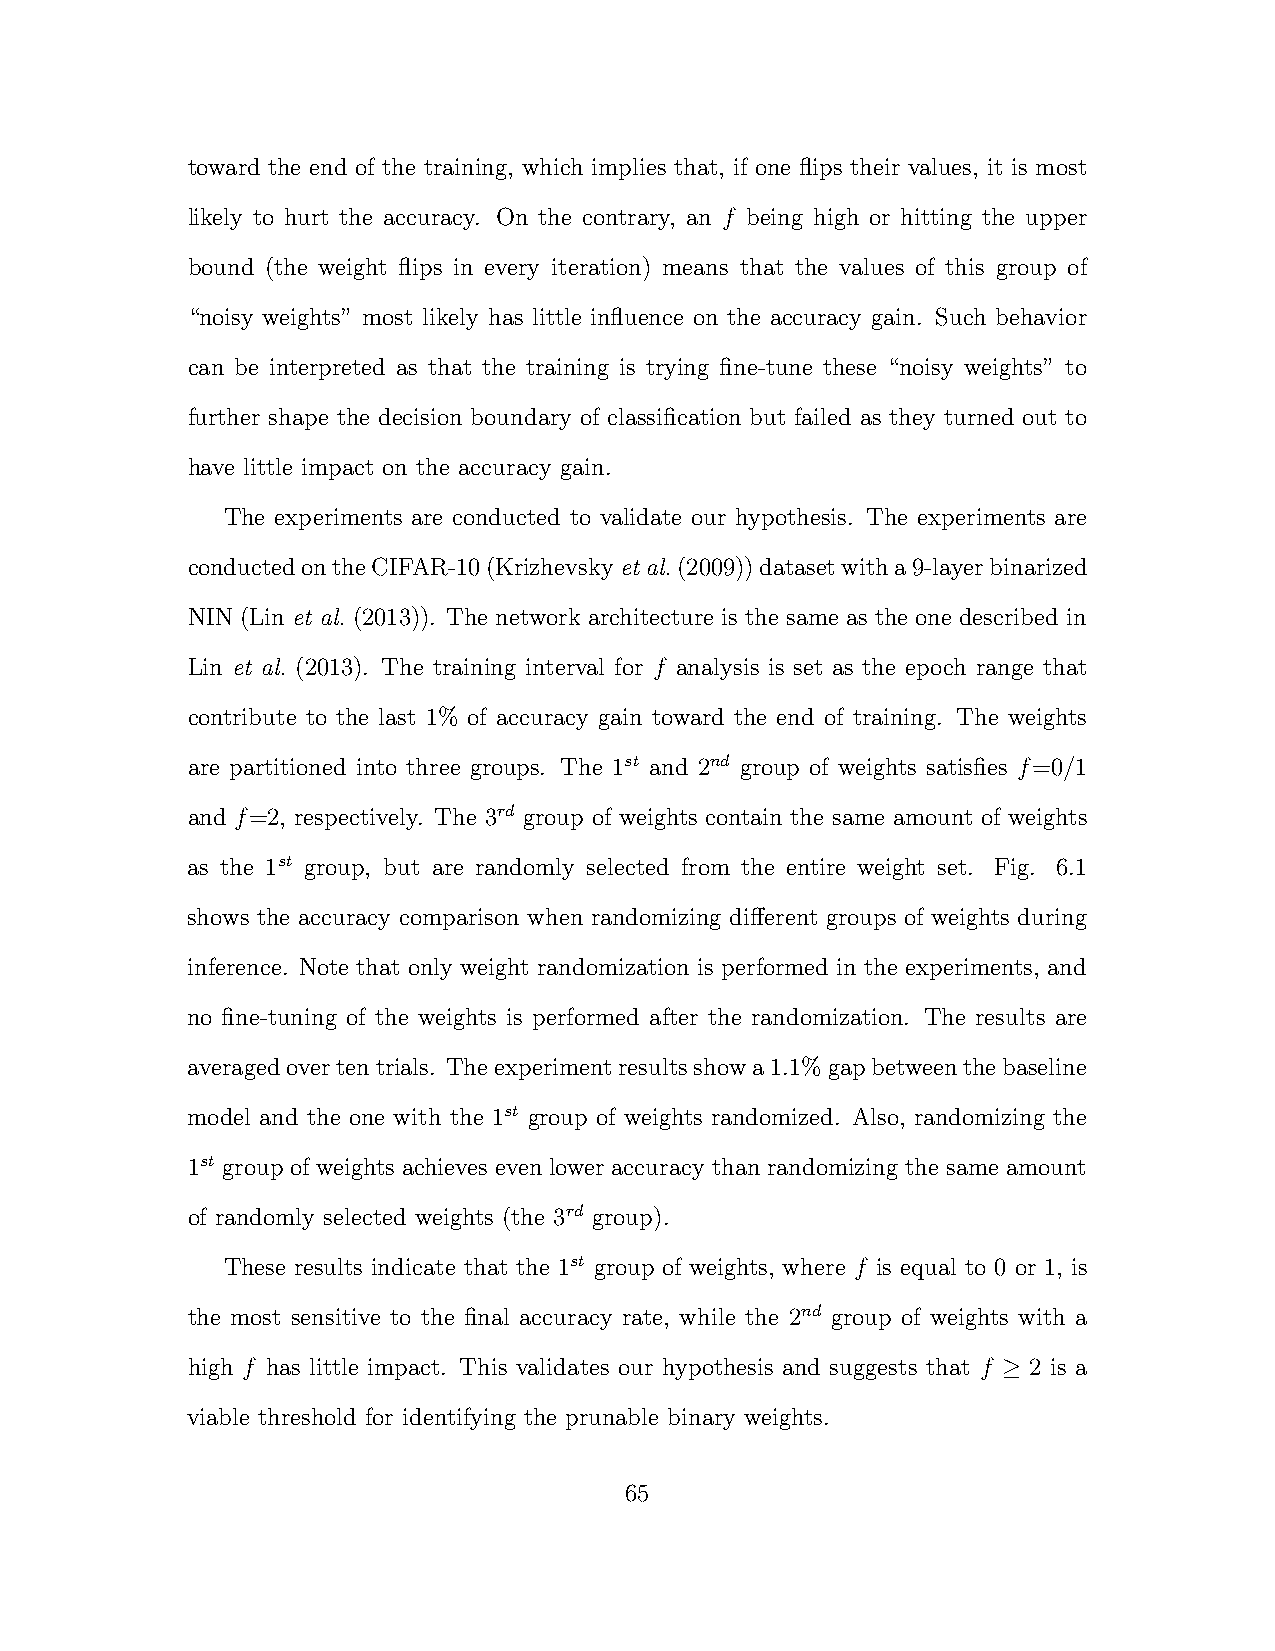
toward the end of the training, which implies that, if one flips their values, it is most
 likely to hurt the accuracy. On the contrary, an f being high or hitting the upper
 bound (the weight flips in every iteration) means that the values of this group of
 “noisy weights” most likely has little influence on the accuracy gain. Such behavior
 can be interpreted as that the training is trying fine-tune these “noisy weights” to
 further shape the decision boundary of classification but failed as they turned out to
 have little impact on the accuracy gain.
 The experiments are conducted to validate our hypothesis. The experiments are
 conductedontheCIFAR-10(Krizhevskyet al.(2009))datasetwitha9-layerbinarized
 NIN (Lin et al. (2013)). The network architecture is the same as the one described in
 Lin et al. (2013). The training interval for f analysis is set as the epoch range that
 contribute to the last 1% of accuracy gain toward the end of training. The weights
 are partitioned into three groups. The 1st and 2nd group of weights satisfies f=0/1
 and f=2, respectively. The 3rd group of weights contain the same amount of weights
 as the 1st group, but are randomly selected from the entire weight set. Fig. 6.1
 shows the accuracy comparison when randomizing different groups of weights during
 inference. Note that only weight randomization is performed in the experiments, and
 no fine-tuning of the weights is performed after the randomization. The results are
 averagedovertentrials. Theexperimentresultsshowa1.1%gapbetweenthebaseline
 model and the one with the 1st group of weights randomized. Also, randomizing the
 1st group of weights achieves even lower accuracy than randomizing the same amount
 of randomly selected weights (the 3rd group).
 These results indicate that the 1st group of weights, where f is equal to 0 or 1, is
 the most sensitive to the final accuracy rate, while the 2nd group of weights with a
 high f has little impact. This validates our hypothesis and suggests that f ≥ 2 is a
 viable threshold for identifying the prunable binary weights.
 65